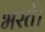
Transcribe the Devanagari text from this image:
भरते।